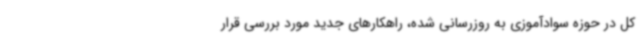
کل در حوزه سوادآموزی به روزرسانی شده، راهکارهای جدید مورد بررسی قرار